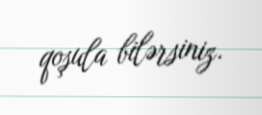
qoşula bilərsiniz.